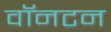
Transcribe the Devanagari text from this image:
वॉनटन